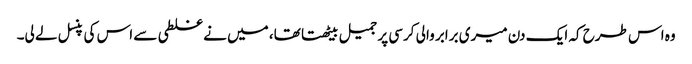
وہ اس طرح کہ ایک دن میری برابر والی کرسی پر جمیل بیٹھتا تھا، میں نے غلطی سے اس کی پنسل لے لی۔